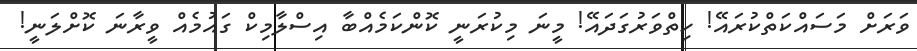
ވަރަށް މަސައްކަތްކުރައޭ! ހިތްވަރުގަދައޭ! މީނަ މިކުރަނީ ކޮންކަމެއްބާ އިސްލާމިކް ގައުމެއް ވީރާނަ ކޮށްލަނީ!